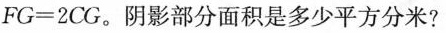
$$F G = 2 C G$$。阴影部分面积是多少平方分米?